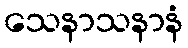
သေနာသနာနံ